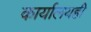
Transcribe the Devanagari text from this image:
कार्यालयही